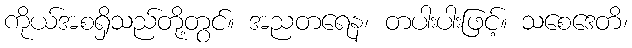
ကိုယ်အစရှိသည်တို့တွင်။ အညတရေန၊ တပါးပါးဖြင့်။ သစေဒေတိ၊